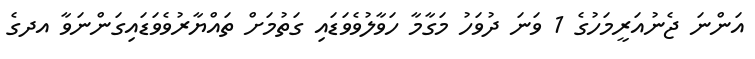
އަންނަ ޖެނުއަރީމަހުގެ 1 ވަނަ ދުވަހު މަގާމާ ހަވާލުވެވަޑައި ގަތުމަށް ތައްޔާރުވެވަޑައިގަންނަވާ އދގެ